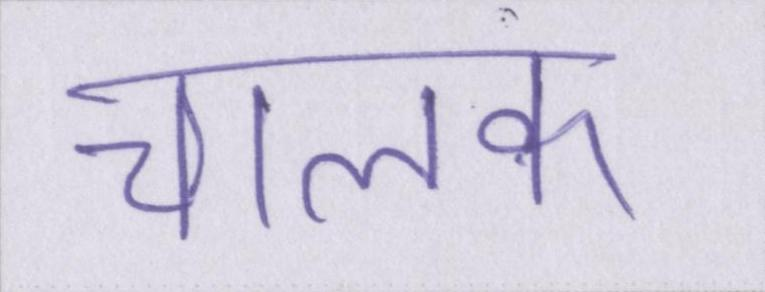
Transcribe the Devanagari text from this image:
चालक